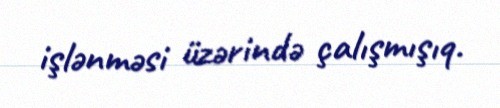
işlənməsi üzərində çalışmışıq.